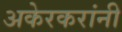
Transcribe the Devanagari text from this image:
अकेरकरांनी